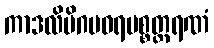
ကာဒလိမိဂပဝရပစ္စတ္ထရဏံ